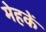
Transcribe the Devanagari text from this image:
मेहकें